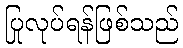
ပြုလုပ်ရန်ဖြစ်သည်